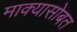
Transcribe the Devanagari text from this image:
माक्यासोबत